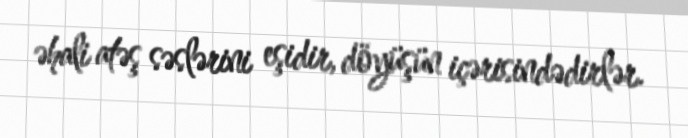
əhali atəş səslərini eşidir, döyüşün içərisindədirlər.